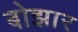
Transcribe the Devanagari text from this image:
बोझार